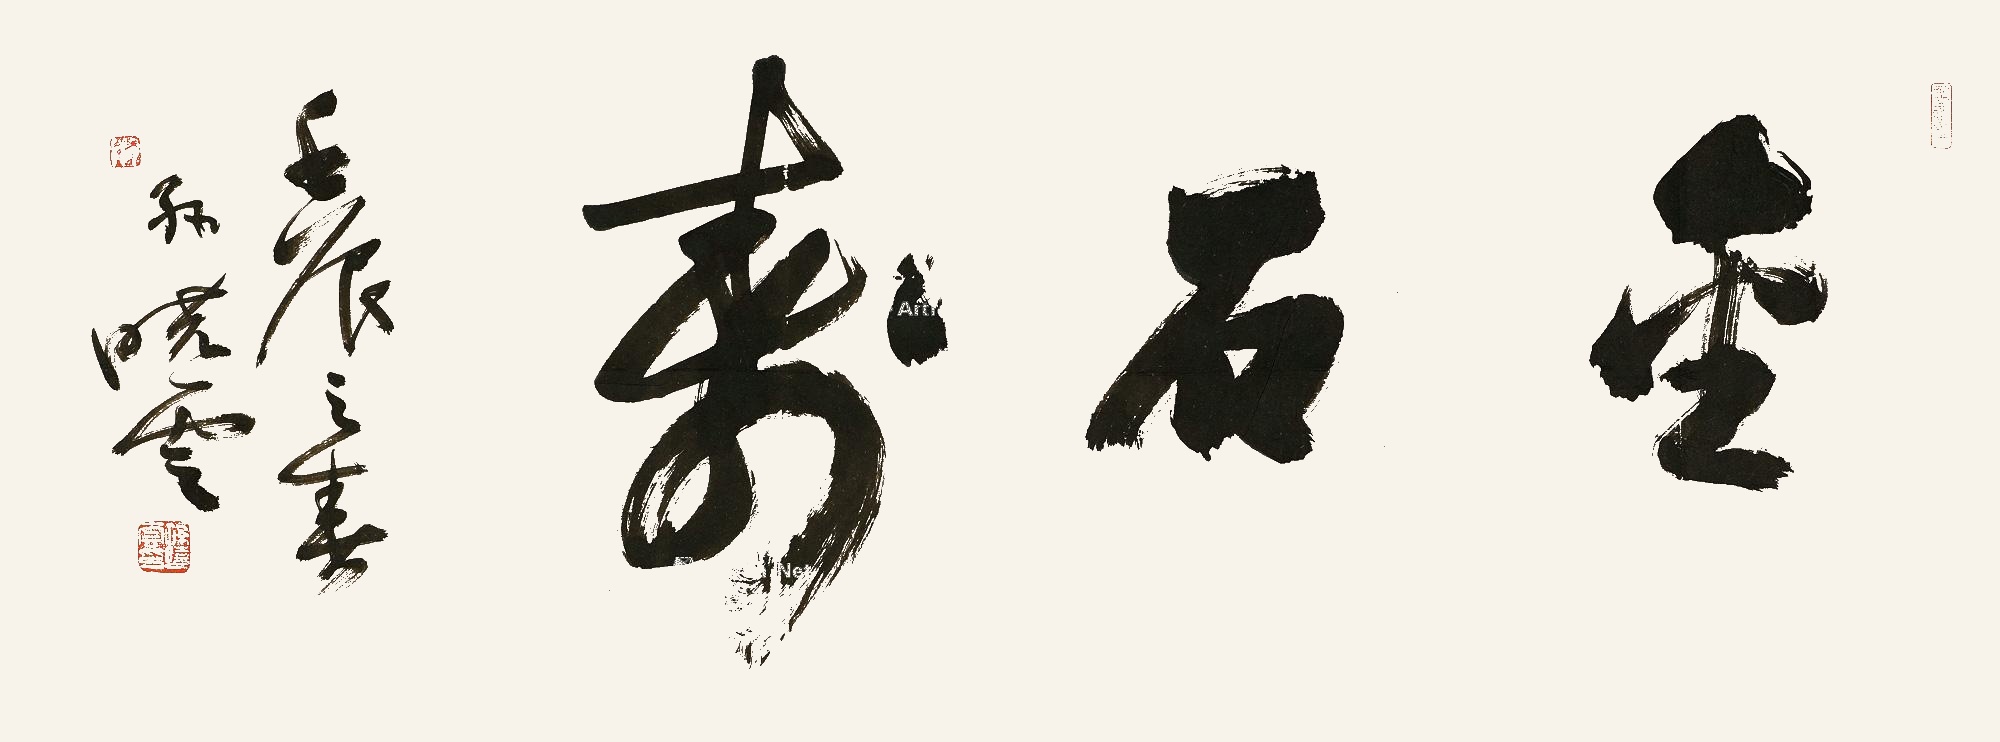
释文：金石寿壬辰之春，孙晓云。